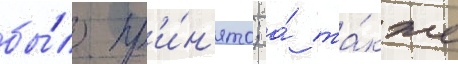
бы́ло пр'и́н'ято; а́ та́кже